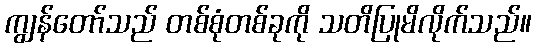
ကျွန်တော်သည် တစ်စုံတစ်ခုကို သတိပြုမိလိုက်သည်။